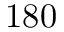
1 8 0